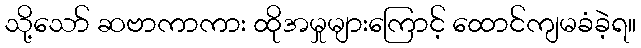
သို့သော် ဆဗာကာကား ထိုအမှုများကြောင့် ထောင်ကျမခံခဲ့ရ။